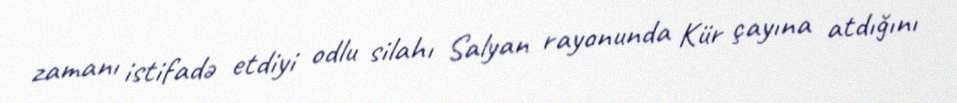
zamanı istifadə etdiyi odlu silahı Salyan rayonunda Kür çayına atdığını